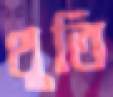
থুতি